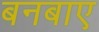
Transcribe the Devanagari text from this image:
बनबाए